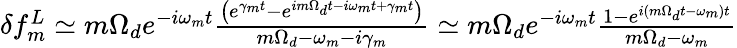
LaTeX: \begin{array}{r}{\delta f_{m}^{L}\simeq m\Omega_{d}e^{-i\omega_{m}t}\frac{\left(e^{\gamma_{m}t}-e^{im\Omega_{d}t-i\omega_{m}t+\gamma_{m}t}\right)}{m\Omega_{d}-\omega_{m}-i\gamma_{m}}\simeq m\Omega_{d}e^{-i\omega_{m}t}\frac{1-e^{i(m\Omega_{d}t-\omega_{m})t}}{m\Omega_{d}-\omega_{m}}}\end{array}